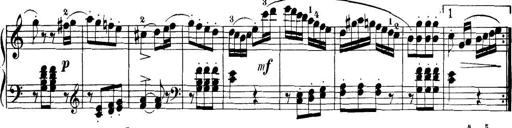
Title: 32 Sonatinas and Rondos for the Piano
Composer: Richard Kleinmichel